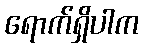
ရောက်ရှိပါက